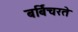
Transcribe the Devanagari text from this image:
बर्बिचरते